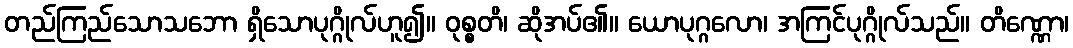
တည်ကြည်သောသဘော ရှိသောပုဂ္ဂိုလ်ဟူ၍။ ဝုစ္စတိ၊ ဆိုအပ်၏။ ယောပုဂ္ဂလော၊ အကြင်ပုဂ္ဂိုလ်သည်။ တိဏ္ဏော၊